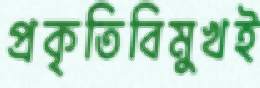
প্রকৃতিবিমুখই